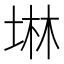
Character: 𡍚